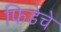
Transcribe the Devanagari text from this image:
फिडेचे